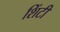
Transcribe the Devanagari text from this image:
शिंटी